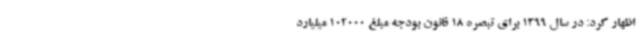
اظهار کرد: در سال 1399 برای تبصره 18 قانون بودجه مبلغ 102000 میلیارد